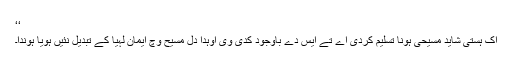
‘‘
اِک ہستی شاید مسیحی ہونا تسلیم کردی اے تے ایس دے باوجود کدی وی اُوہدا دِل مسیح وِچ ایمان لہیا کے تبدیل نئیں ہویا ہوندا۔